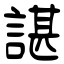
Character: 諶